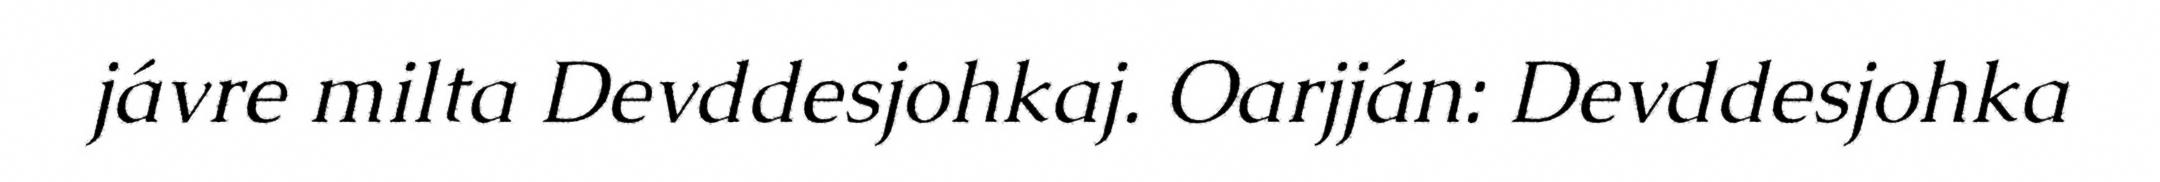
jávre milta Devddesjohkaj. Oarjján: Devddesjohka